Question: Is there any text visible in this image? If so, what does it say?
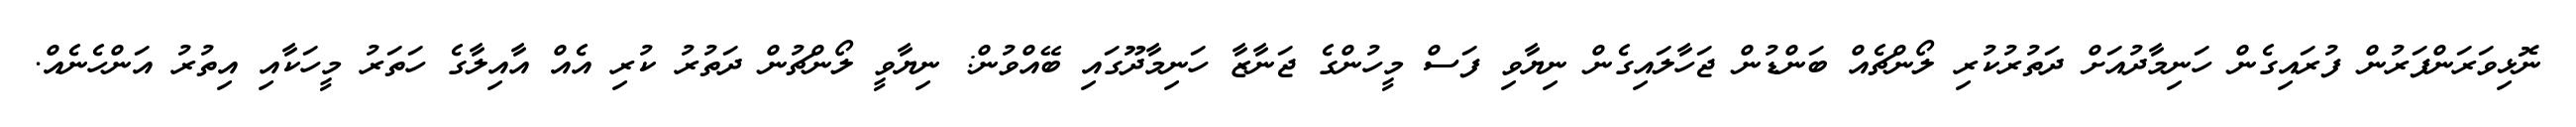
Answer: ނޮޅިވަރަންފަރުން ފުރައިގެން ހަނިމާދުއަށް ދަތުރުކުރި ލޯންޗެއް ބަންޑުން ޖަހާލައިގެން ނިޔާވި ފަސް މީހުންގެ ޖަނާޒާ ހަނިމާދޫގައި ބޭއްވުން: ނިޔާވީ ލޯންޗުން ދަތުރު ކުރި އެއް އާއިލާގެ ހަތަރު މީހަކާއި އިތުރު އަންހެނެއް.